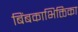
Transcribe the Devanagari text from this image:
बिंबकाभिक्तिका